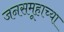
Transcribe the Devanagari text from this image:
जनसमूहाच्‍या